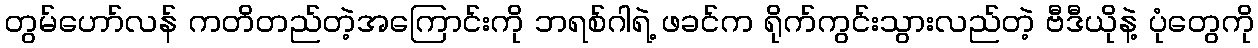
တွမ်ဟော်လန် ကတိတည်တဲ့အကြောင်းကို ဘရစ်ဂါရဲ့ ဖခင်က ရိုက်ကွင်းသွားလည်တဲ့ ဗီဒီယိုနဲ့ ပုံတွေကို